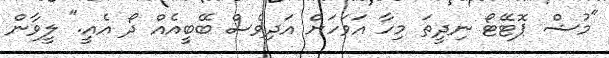
"މުޝް ޕޮޓޭޓޯ ނިދީތަ މިހާ އަވަހަށް އަދިވެސް ބޭބީއެއް ދޯ އެއީ." ލީވާން